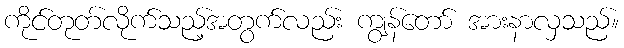
ကိုင်တုတ်လိုက်သည့်အတွက်လည်း ကျွန်တော် အားနာလှသည်။